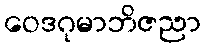
ဝေဒဂုမာဘိဇညာ